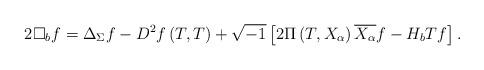
LaTeX: \begin{align*}2\square_{b}f=\Delta_{\Sigma}f-D^{2}f\left( T,T\right) +\sqrt{-1}\left[2\Pi\left( T,X_{\alpha}\right) \overline{X_{\alpha}}f-H_{b}Tf\right] .\end{align*}